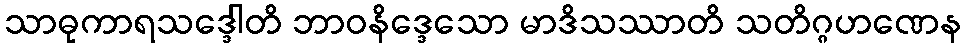
သာဓုကာရသဒ္ဒေါတိ ဘာဝနိဒ္ဒေသော မာဒိသဿာတိ သတိဂ္ဂဟဏေန